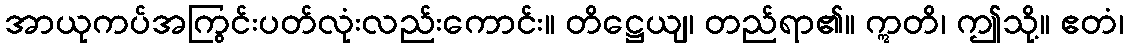
အာယုကပ်အကြွင်းပတ်လုံးလည်းကောင်း။ တိဋ္ဌေယျ၊ တည်ရာ၏။ ဣတိ၊ ဤသို့။ ဧတံ၊